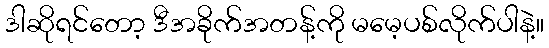
ဒါဆိုရင်တော့ ဒီအခိုက်အတန့်ကို မမေ့ပစ်လိုက်ပါနဲ့။